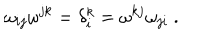
\omega _ { i j } \omega ^ { j k } = \delta _ { i } ^ { k } = \omega ^ { k j } \omega _ { j i } \ .